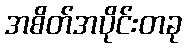
အစိတ်အပိုင်းတခု